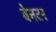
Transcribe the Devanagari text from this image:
बेनटर